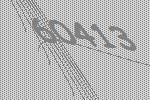
60413